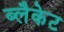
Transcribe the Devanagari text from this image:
ब्लैकेट